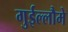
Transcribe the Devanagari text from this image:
गुईल्लौमे